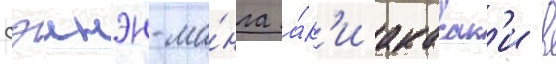
сэинэн-ма́нга а́к'и акасак'и в